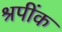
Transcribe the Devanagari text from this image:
श्रपींक